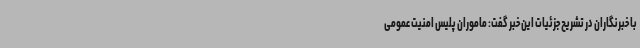
با خبرنگاران در تشریح جزئیات این خبر گفت: ماموران پلیس امنیت عمومی